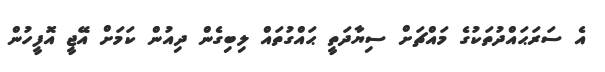
އެ ސަރަޙައްދުތަކުގެ މައްޗަށް ސިޔާދަތީ ޙައްގުތައް ލިބިގެން ދިއުން ކަމަށް އޭޖީ އޮފީހުން